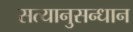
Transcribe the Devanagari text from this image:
सत्यानुसन्धान